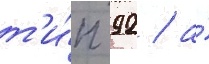
т'и́п 92 / а́